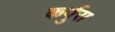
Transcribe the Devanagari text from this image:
कर्पुरा